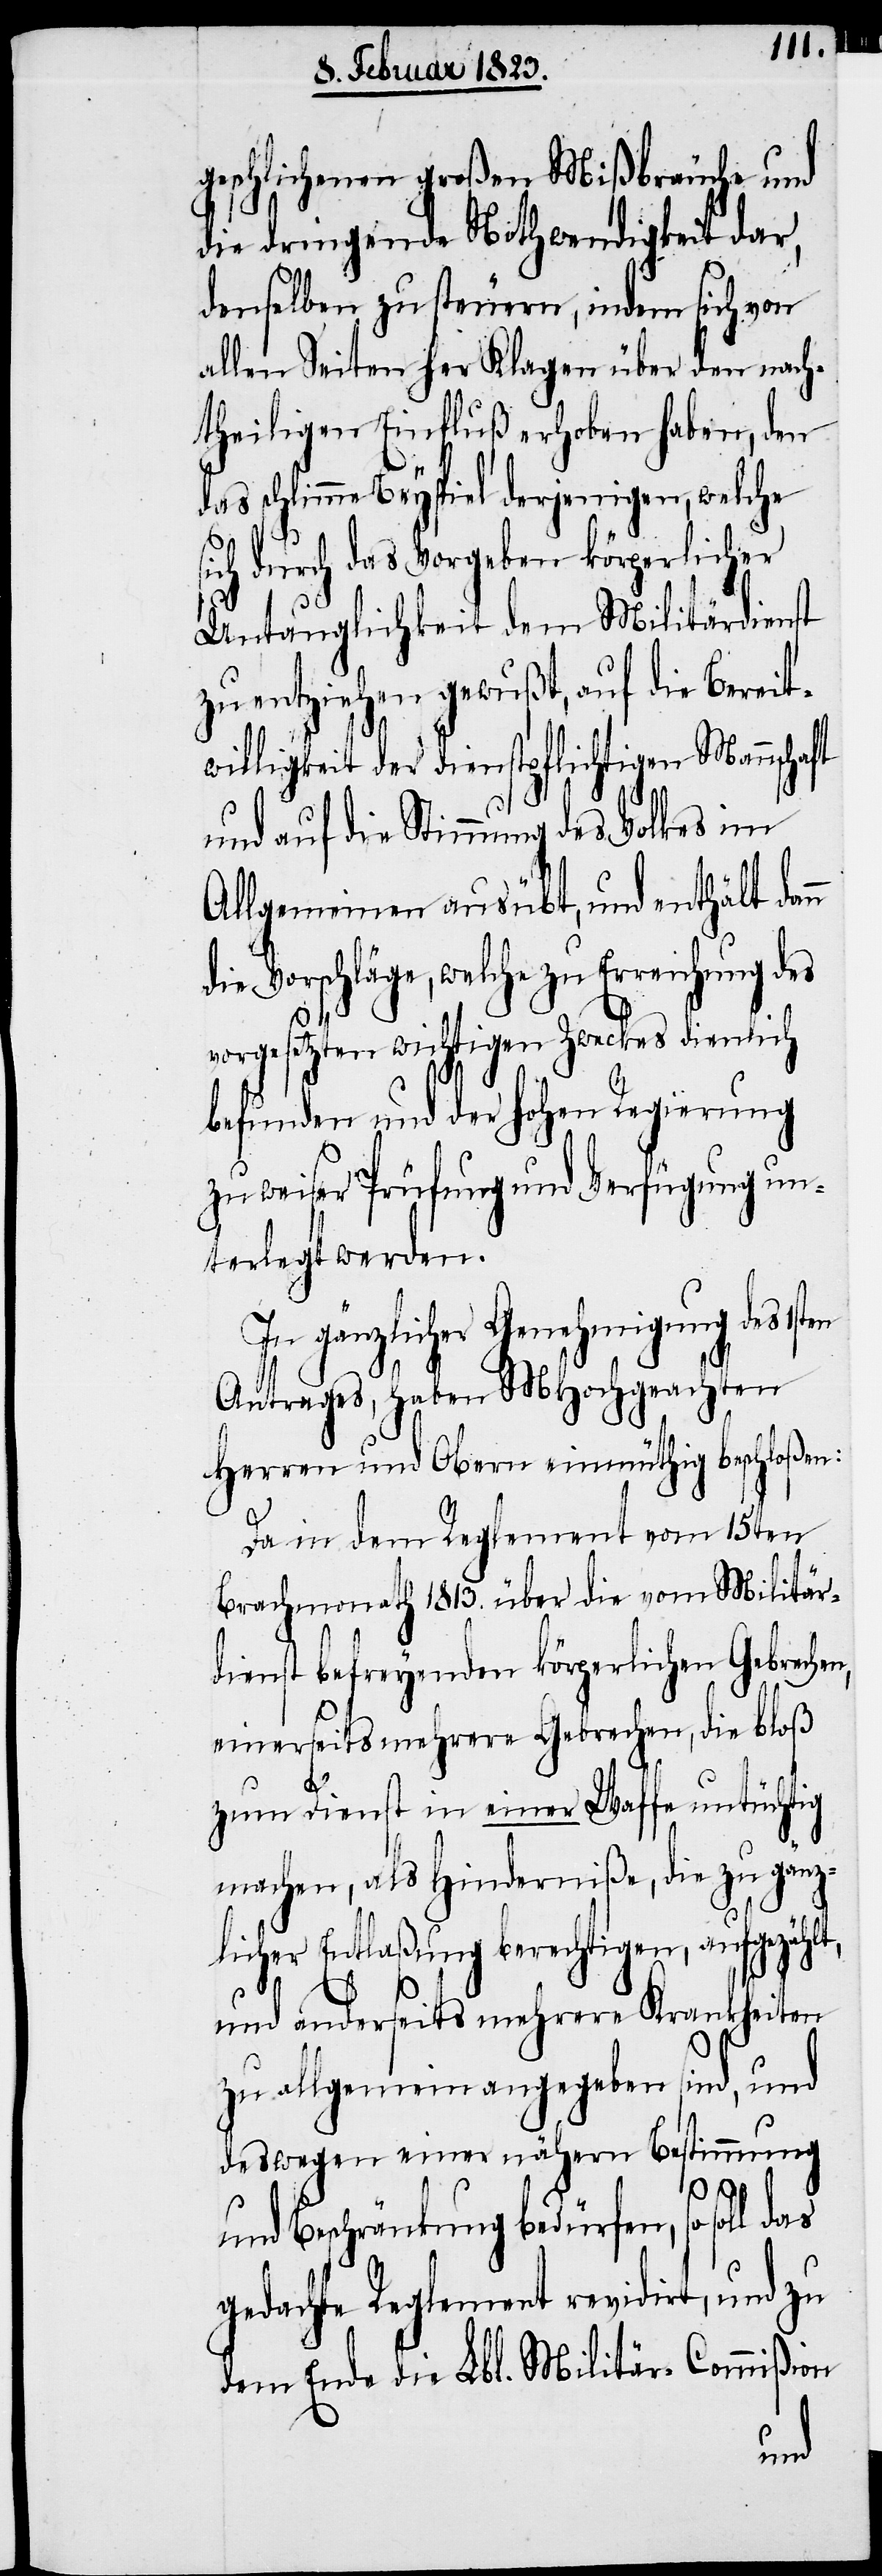
geschlichenen großen Mißbräuche und
die dringende Nothwendigkeit dar,
denselben zu steuern, indem sich von
allen Seiten her Klagen über den nach¬
theiligen Einfluß erhoben haben, den
das schlimme Beyspiel derjenigen, welche
ich durch das Vorgeben körperlicher
Untauglichkeit dem Militärdienst
zu entziehen gewußt, auf die Bereit¬
willigkeit der dienstpflichtigen Mannschaft
und auf die Stimmung des Volkes im
Allgemeinen ausübt, und enthält dan¬
die Vorschläge, welche zu Erreichung des
s¬
vorgesetzten wichtigen Zweckes dienlich
befunden und der hohen Regierung
zu weiser Prüfung und Verfügung un¬
terlegt werden.
In gänzlicher Genehmigung des
Antrages, haben MHochgeachten
Herren und Obern einmüthig beschloßen:
Da in dem Reglement vom 15ten
Brachmonath 1813. über die vom Militär¬
dienst befreyenden körperlichen Gebreche¬
einerseits mehrere Gebrechen, die bloß
das
zum Dienst in einer Waffe untüchtig
machen, als Hinderniße, die zu gänz¬
licher Entlaßung berechtigen, aufgezählt,
und anderseits mehrere Krankheiten
zu allgemein angegeben sind, und
deswegen einer nähern Bestimmung
und Beschränkung bedürfen, so soll
gedachte Reglement revidirt, und zu
dem Ende die Lbl. Militär-Commißion
n,